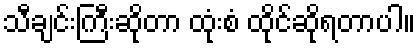
သီချင်းကြီးဆိုတာ ထုံးစံ ထိုင်ဆိုရတာပါ။